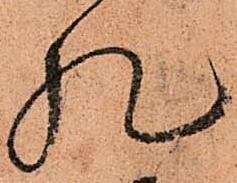
札